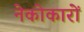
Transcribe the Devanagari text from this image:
नेकोकारों